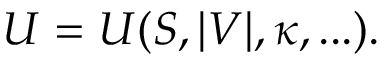
U = U ( S , \vert V \vert , \kappa , . . . ) .